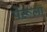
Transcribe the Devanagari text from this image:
पेरूला